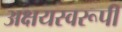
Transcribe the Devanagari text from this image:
अक्षयस्वरूपी